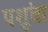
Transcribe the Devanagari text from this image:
पशूंचा